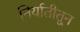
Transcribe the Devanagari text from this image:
निर्यातीतून